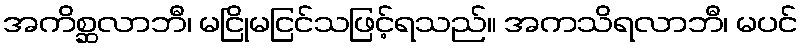
အကိစ္ဆလာဘီ၊ မငြိုမငြင်သဖြင့်ရသည်။ အကသိရလာဘီ၊ မပင်